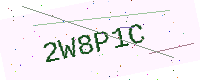
Text: 2W8P1C